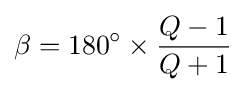
\beta =180^{\circ }\times {\frac {Q-1}{Q+1}}